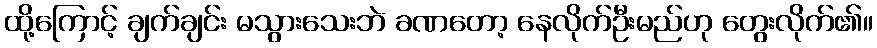
ထို့ကြောင့် ချက်ချင်း မသွားသေးဘဲ ခဏတော့ နေလိုက်ဦးမည်ဟု တွေးလိုက်၏။